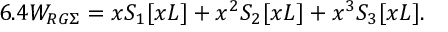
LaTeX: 6 . 4 W _ { R G \Sigma } = x S _ { 1 } [ x L ] + x ^ { 2 } S _ { 2 } [ x L ] + x ^ { 3 } S _ { 3 } [ x L ] .